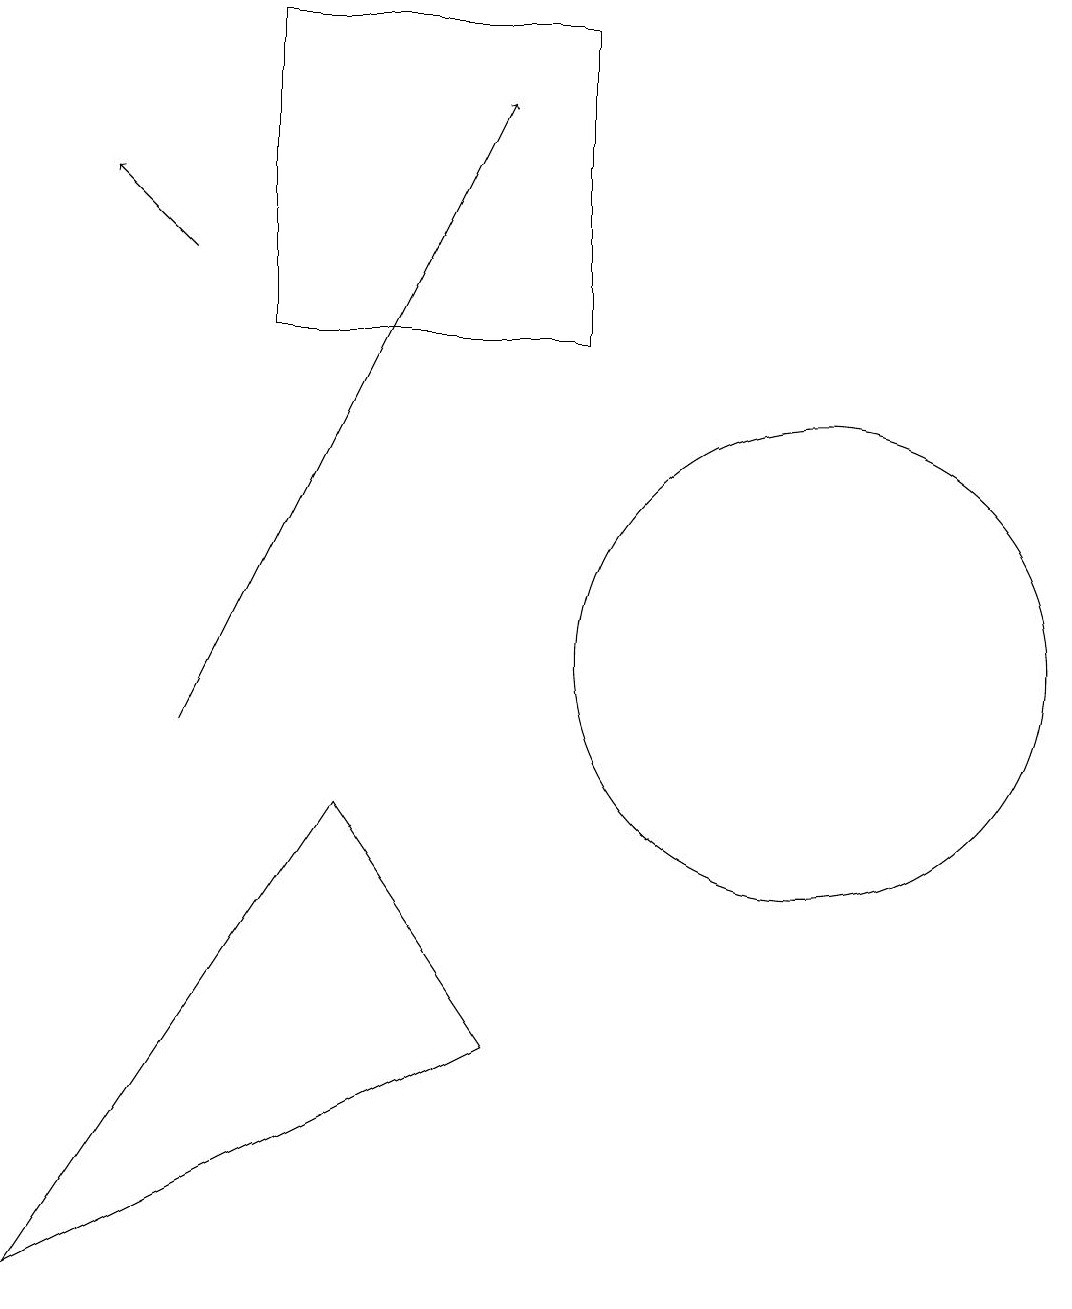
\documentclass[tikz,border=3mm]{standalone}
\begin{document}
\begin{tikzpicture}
\draw (0,3) -- (4,9) -- (6,6) -- cycle;
\draw (7,19) rectangle (3,15);
\draw[->] (2,10) -- (6,18);
\draw (10,11) circle (3);
\draw[->] (2,16) -- (1,17);
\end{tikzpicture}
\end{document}